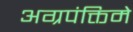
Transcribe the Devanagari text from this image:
अग्रपंक्तिमे